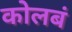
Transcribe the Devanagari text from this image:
कोलबं